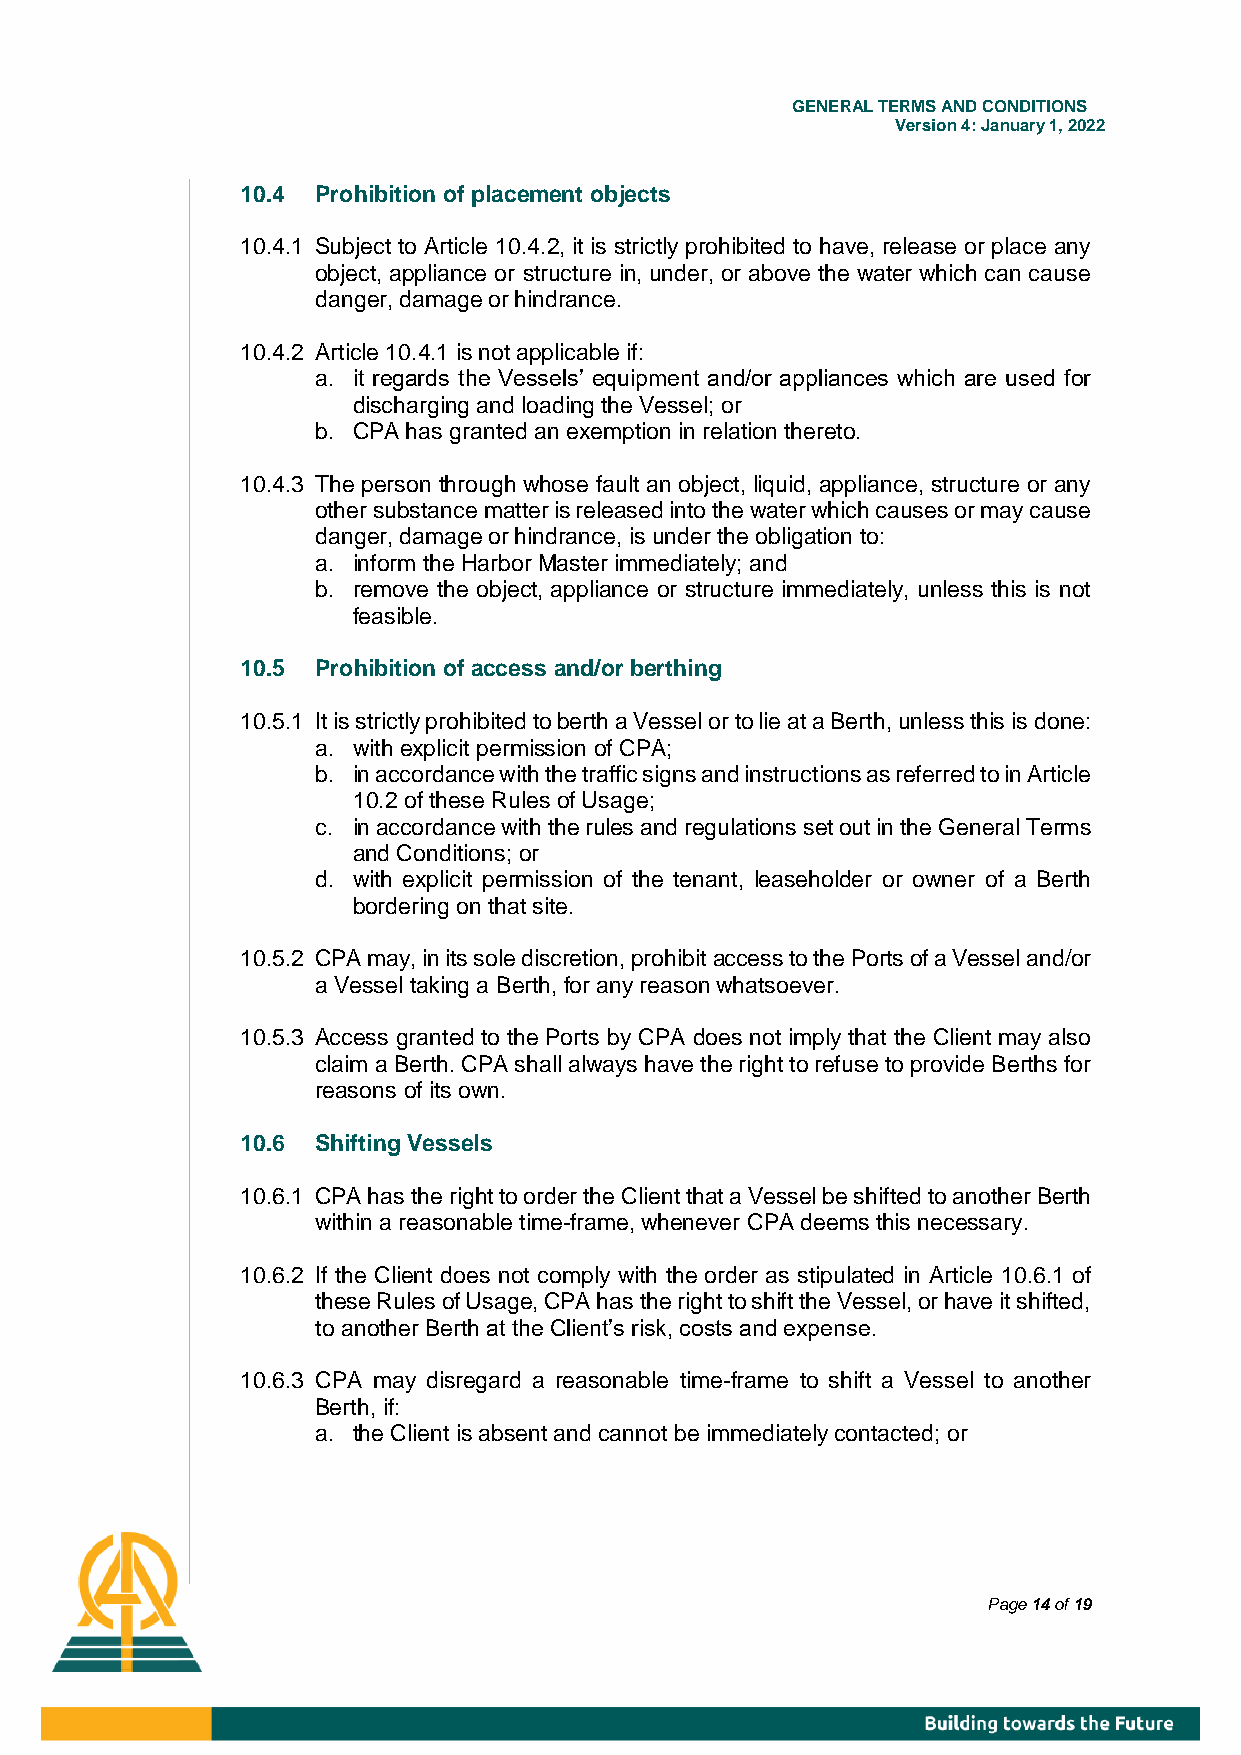
GENE RAL TERMS AND CONDITIONS
 Version 4: January 1, 2022
 10.4 Prohibition of placement objects
 10.4.1 Subject to Article 10.4.2, it is strictly prohibited to have, release or place any
 object, appliance or structure in, under, or above the water which can cause
 danger, damage or hindrance.
 10.4.2 Article 10.4.1 is not applicable if:
 a. it regards the Vessels’ equipment and/or appliances which are used for
 discharging and loading the Vessel; or
 b. CPA has granted an exemption in relation thereto.
 10.4.3 The person through whose fault an object, liquid, appliance, structure or any
 other substance matter is released into the water which causes or may cause
 danger, damage or hindrance, is under the obligation to:
 a. inform the Harbor Master immediately; and
 b. remove the object, appliance or structure immediately, unless this is not
 feasible.
 10.5 Prohibition of access and/or berthing
 10.5.1 It is strictly prohibited to berth a Vessel or to lie at a Berth, unless this is done:
 a. with explicit permission of CPA;
 b. in accordance with the traffic signs and instructions as referred to in Article
 10.2 of these Rules of Usage;
 c. in accordance with the rules and regulations set out in the General Terms
 and Conditions; or
 d. with explicit permission of the tenant, leaseholder or owner of a Berth
 bordering on that site.
 10.5.2 CPA may, in its sole discretion, prohibit access to the Ports of a Vessel and/or
 a Vessel taking a Berth, for any reason whatsoever.
 10.5.3 Access granted to the Ports by CPA does not imply that the Client may also
 claim a Berth. CPA shall always have the right to refuse to provide Berths for
 reasons of its own.
 10.6 Shifting Vessels
 10.6.1 CPA has the right to order the Client that a Vessel be shifted to another Berth
 within a reasonable time-frame, whenever CPA deems this necessary.
 10.6.2 If the Client does not comply with the order as stipulated in Article 10.6.1 of
 these Rules of Usage, CPA has the right to shift the Vessel, or have it shifted,
 to another Berth at the Client’s risk, costs and expense.
 10.6.3 CPA may disregard a reasonable time-frame to shift a Vessel to another
 Berth, if:
 a. the Client is absent and cannot be immediately contacted; or
 Page 14 of 19